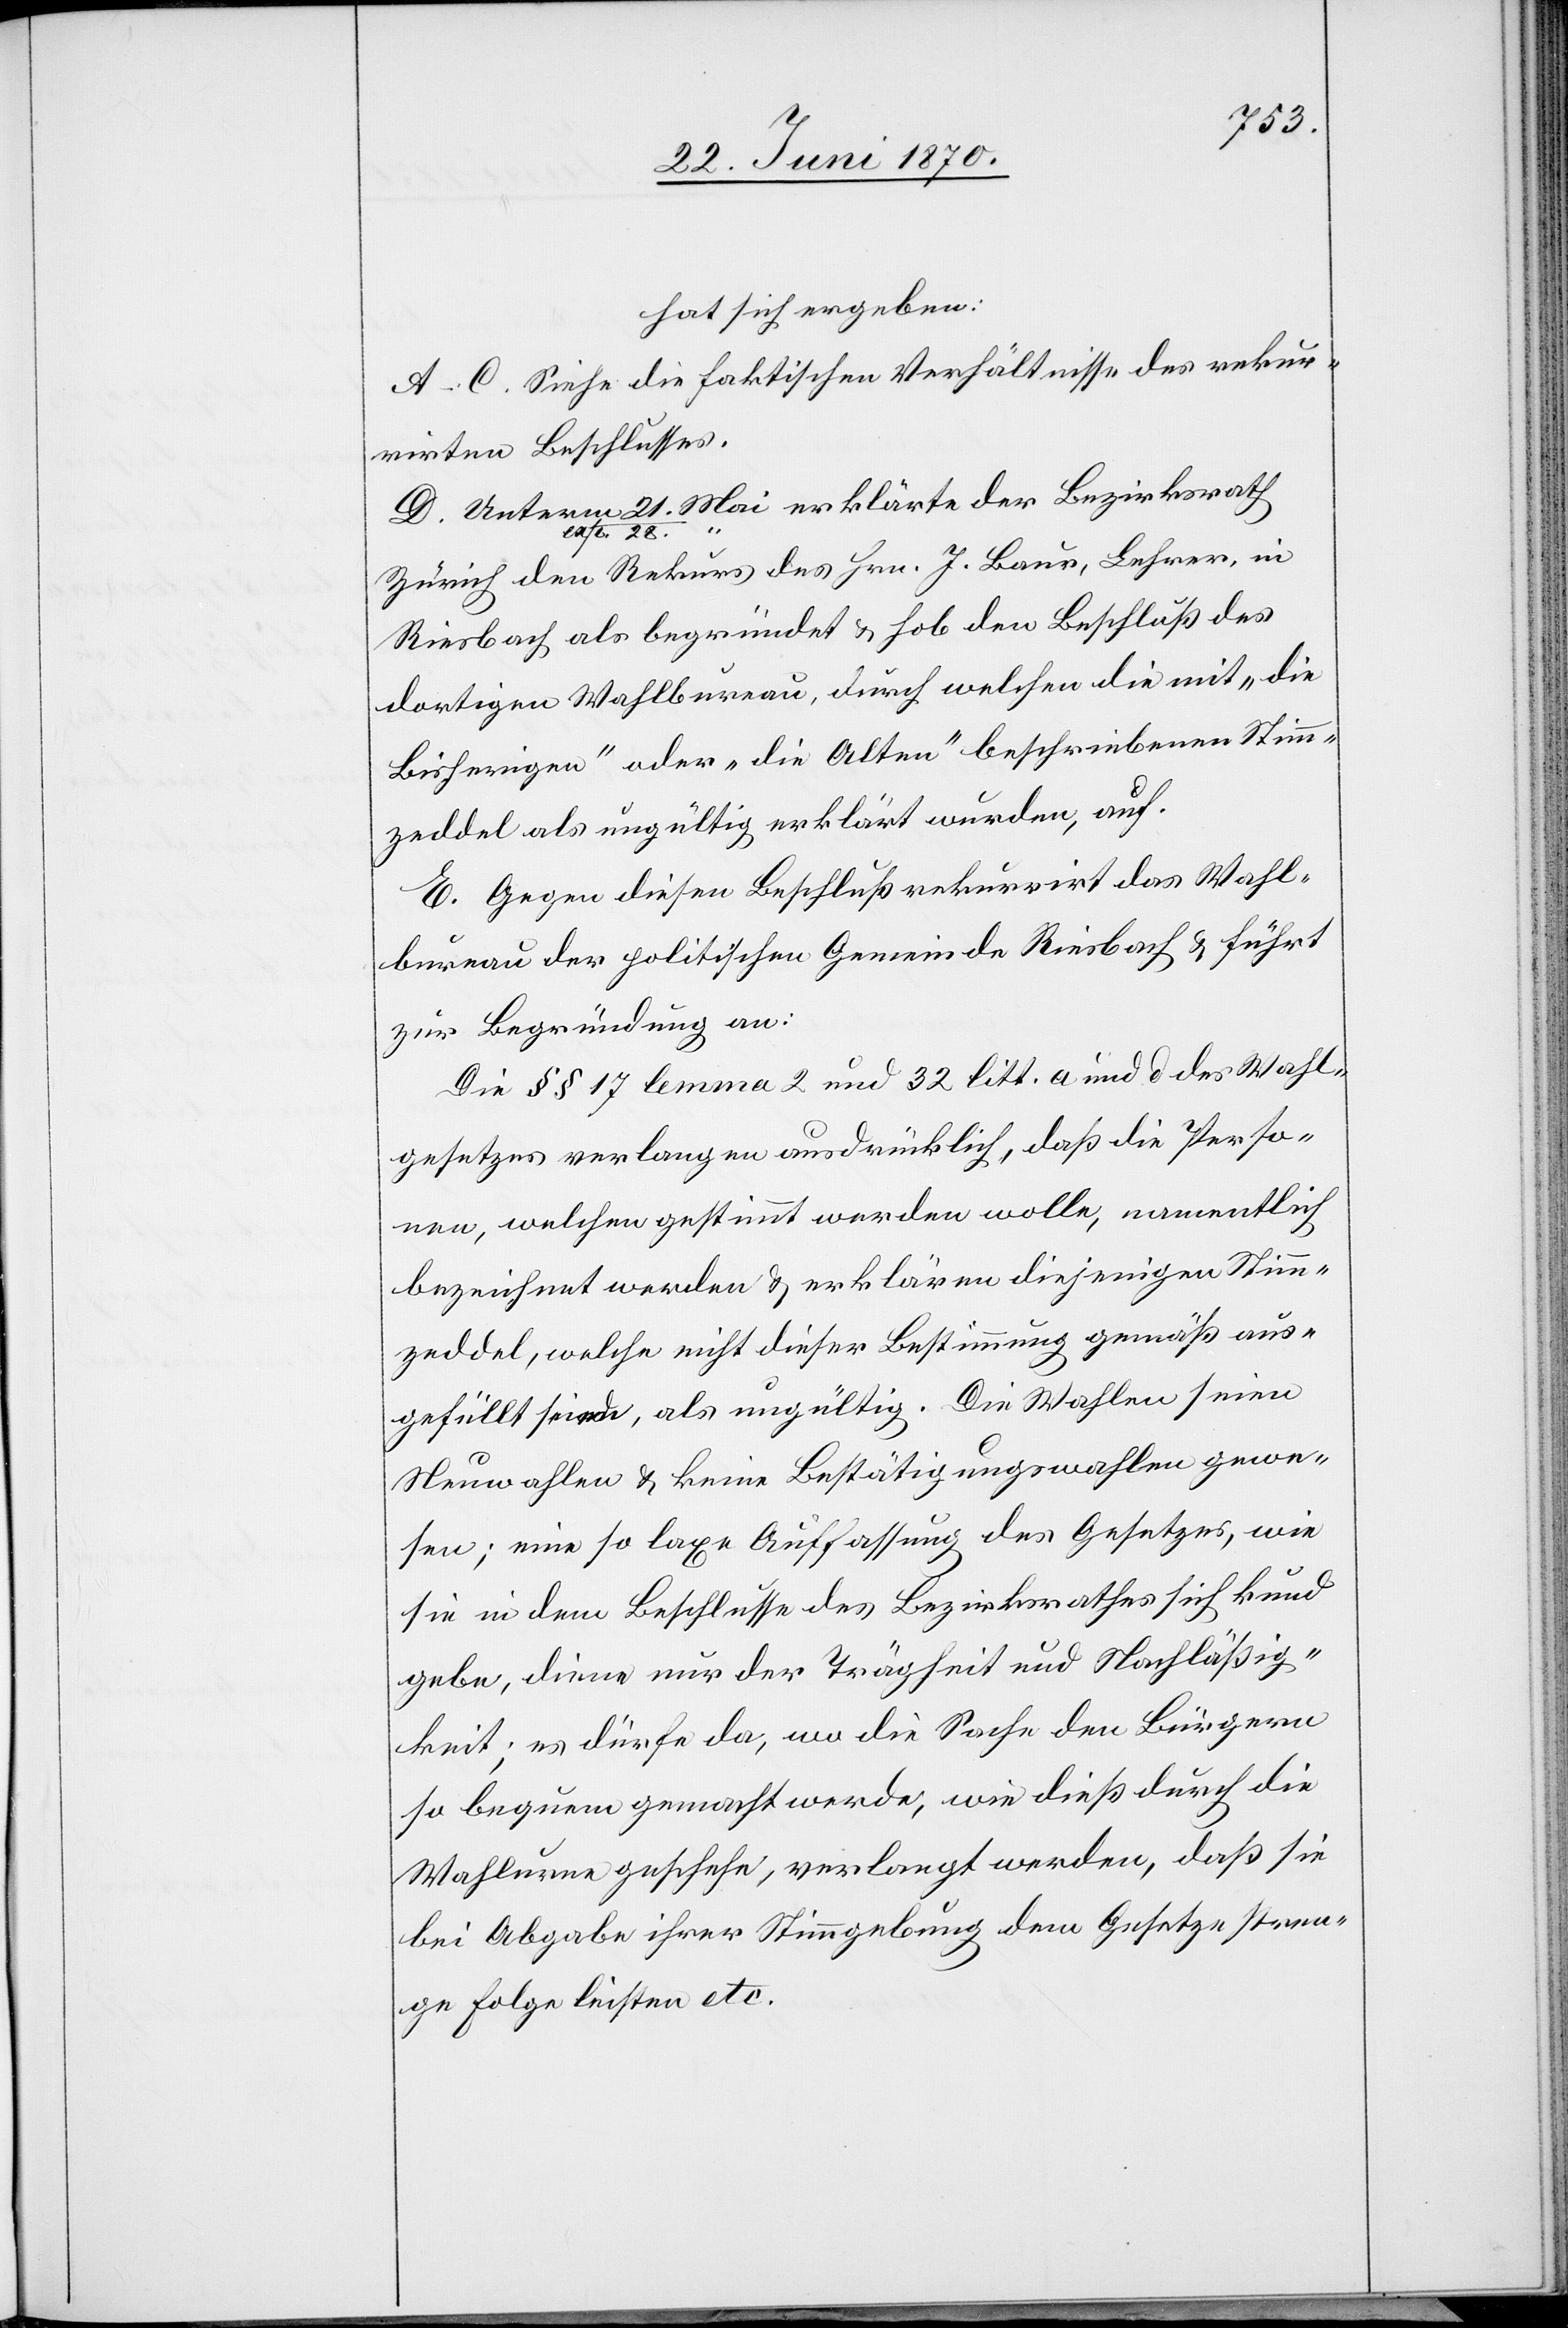
hat sich ergeben:
A–C. Siehe die faktischen Verhältnisse des rekur¬
rirten Beschlusses.
a-exp. 28
Zürich den Rekurs des Hrn. J. Baur, Lehrer, in
Riesbach als begründet & hob den Beschluß des
dortigen Wahlbureau, durch welchen die mit „die
Bisherigen“ oder „die Alten“ beschriebenen Stimm¬
zeddel als ungültig erklärt wurden, auf.
E. Gegen diesen Beschluß rekurrirt das Wahl¬
bureau der politischen Gemeinde Riesbach & führt
zur Begründung an:
Die §§ 17 lemma 2 und 32 litt. a und d des Wahl¬
gesetzes verlangen ausdrücklich, daß die Perso¬
nen, welchen gestimmt werden wolle[n], namentlich
bezeichnet werden & erklären diejenigen Stimm¬
zeddel, welche nicht dieser Bestimmung gemäß aus¬
gefüllt sind, als ungültig. Die Wahlen seien
Neuwahlen & keine Bestätigungswahlen gewe¬
sen; eine so laxe Auffassung des Gesetzes, wie
sie in dem Beschlusse des Bezirksrathes sich kund
gebe, diene nur der Trägheit und Nachläßig¬
keit; es dürfe da, wo die Sache den Bürgern
so bequem gemacht werde, wie dieß durch die
Wahlurne geschehe, verlangt werden, daß sie
bei Abgabe ihrer Stimmgebung dem Gesetze stren¬
ge Folge leisten etc.